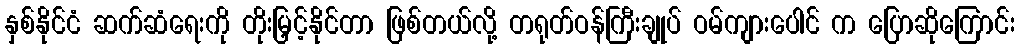
နှစ်နိုင်ငံ ဆက်ဆံရေးကို တိုးမြှင့်နိုင်တာ ဖြစ်တယ်လို့ တရုတ်ဝန်ကြီးချုပ် ဝမ်ကျားပေါင် က ပြောဆိုကြောင်း